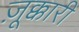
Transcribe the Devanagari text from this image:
ज़ूक्कारी